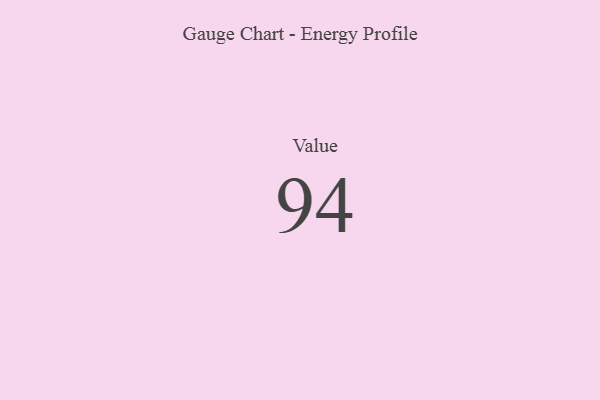
{"axis": {"x": "Metric", "y": "Value"}, "legend": [""], "data": [{"x": "Value", "y": 94, "type": ""}]}